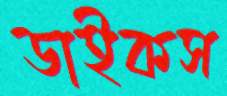
ডাইকস